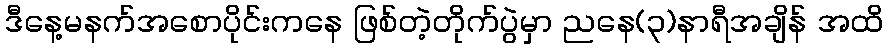
ဒီနေ့မနက်အစောပိုင်းကနေ ဖြစ်တဲ့တိုက်ပွဲမှာ ညနေ(၃)နာရီအချိန် အထိ